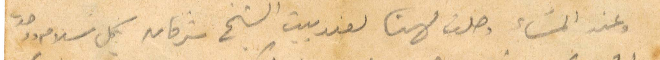
وعند المساء وصلنا لهنا لعند بين الشيخ شرفان بكل سلام وصلت